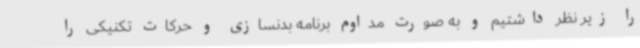
را زیر نظر داشتیم و به صورت مداوم برنامه بدنسازی و حرکات تکنیکی را